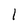
Character: 1